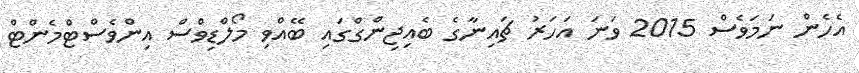
އެހެން ނަމަވެސް 2015 ވަނަ އަހަރު ޗައިނާގެ ބެއިޖިންގްގައި ބޭއްވި މޯލްޑިވްސް އިންވެސްޓްމެންޓް